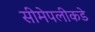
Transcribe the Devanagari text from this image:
सीमेपलीकडे